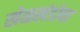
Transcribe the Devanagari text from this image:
खेळखंडोबा